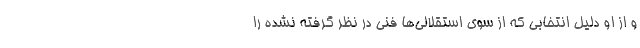
و از او دلیل انتخابی که از سوی استقلالی‌ها فنی در نظر گرفته نشده را